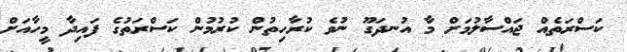
ކަސްރަތެއް ޖައްސާލުމަށް މާ އުނދަގޫ ނުވެ ކުރާހިތުން ކުރުމުން ކަސްރަތުގެ ފައިދާ މީހާއަށް